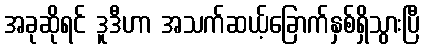
အခုဆိုရင် ဒူဒီဟာ အသက်ဆယ့်ခြောက်နှစ်ရှိသွားပြီ